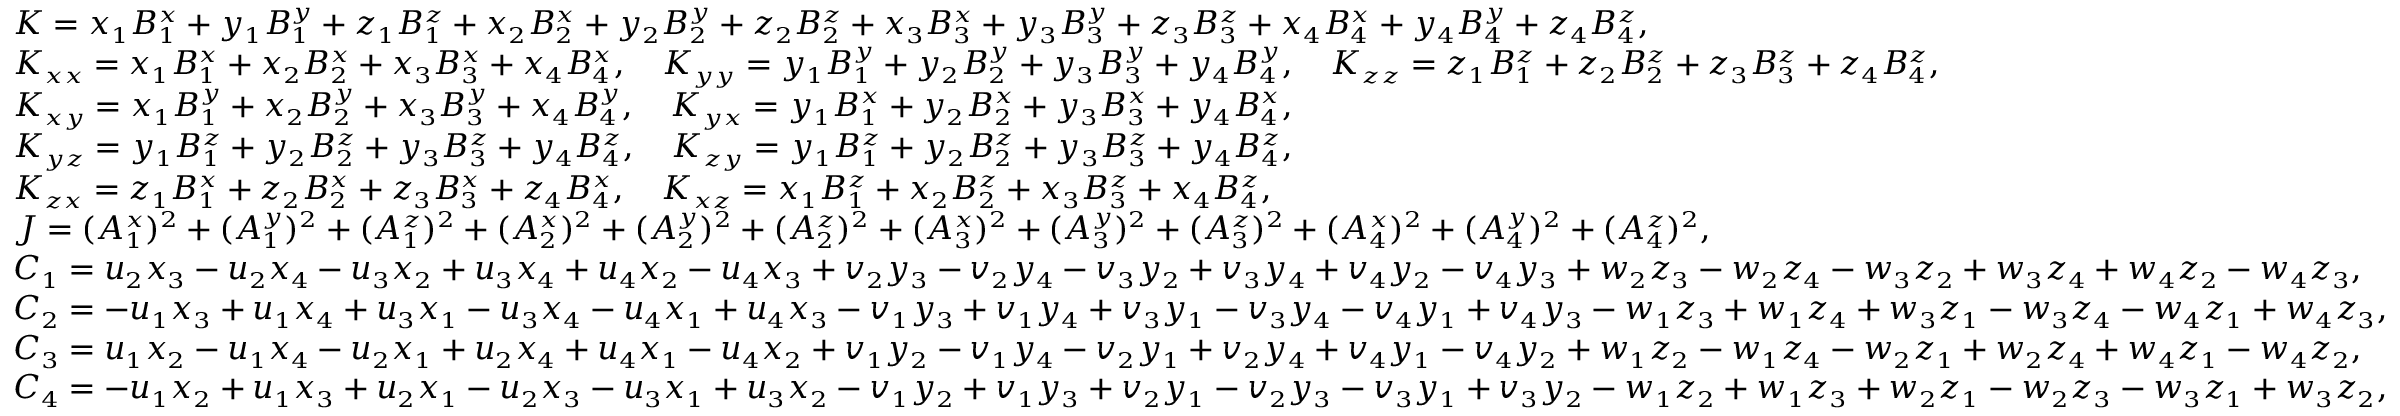
\small \begin{array} { r l } & { K = x _ { 1 } B _ { 1 } ^ { x } + y _ { 1 } B _ { 1 } ^ { y } + z _ { 1 } B _ { 1 } ^ { z } + x _ { 2 } B _ { 2 } ^ { x } + y _ { 2 } B _ { 2 } ^ { y } + z _ { 2 } B _ { 2 } ^ { z } + x _ { 3 } B _ { 3 } ^ { x } + y _ { 3 } B _ { 3 } ^ { y } + z _ { 3 } B _ { 3 } ^ { z } + x _ { 4 } B _ { 4 } ^ { x } + y _ { 4 } B _ { 4 } ^ { y } + z _ { 4 } B _ { 4 } ^ { z } , } \\ & { K _ { x x } = x _ { 1 } B _ { 1 } ^ { x } + x _ { 2 } B _ { 2 } ^ { x } + x _ { 3 } B _ { 3 } ^ { x } + x _ { 4 } B _ { 4 } ^ { x } , \quad K _ { y y } = y _ { 1 } B _ { 1 } ^ { y } + y _ { 2 } B _ { 2 } ^ { y } + y _ { 3 } B _ { 3 } ^ { y } + y _ { 4 } B _ { 4 } ^ { y } , \quad K _ { z z } = z _ { 1 } B _ { 1 } ^ { z } + z _ { 2 } B _ { 2 } ^ { z } + z _ { 3 } B _ { 3 } ^ { z } + z _ { 4 } B _ { 4 } ^ { z } , } \\ & { K _ { x y } = x _ { 1 } B _ { 1 } ^ { y } + x _ { 2 } B _ { 2 } ^ { y } + x _ { 3 } B _ { 3 } ^ { y } + x _ { 4 } B _ { 4 } ^ { y } , \quad K _ { y x } = y _ { 1 } B _ { 1 } ^ { x } + y _ { 2 } B _ { 2 } ^ { x } + y _ { 3 } B _ { 3 } ^ { x } + y _ { 4 } B _ { 4 } ^ { x } , } \\ & { K _ { y z } = y _ { 1 } B _ { 1 } ^ { z } + y _ { 2 } B _ { 2 } ^ { z } + y _ { 3 } B _ { 3 } ^ { z } + y _ { 4 } B _ { 4 } ^ { z } , \quad K _ { z y } = y _ { 1 } B _ { 1 } ^ { z } + y _ { 2 } B _ { 2 } ^ { z } + y _ { 3 } B _ { 3 } ^ { z } + y _ { 4 } B _ { 4 } ^ { z } , } \\ & { K _ { z x } = z _ { 1 } B _ { 1 } ^ { x } + z _ { 2 } B _ { 2 } ^ { x } + z _ { 3 } B _ { 3 } ^ { x } + z _ { 4 } B _ { 4 } ^ { x } , \quad K _ { x z } = x _ { 1 } B _ { 1 } ^ { z } + x _ { 2 } B _ { 2 } ^ { z } + x _ { 3 } B _ { 3 } ^ { z } + x _ { 4 } B _ { 4 } ^ { z } , } \\ & { J = ( A _ { 1 } ^ { x } ) ^ { 2 } + ( A _ { 1 } ^ { y } ) ^ { 2 } + ( A _ { 1 } ^ { z } ) ^ { 2 } + ( A _ { 2 } ^ { x } ) ^ { 2 } + ( A _ { 2 } ^ { y } ) ^ { 2 } + ( A _ { 2 } ^ { z } ) ^ { 2 } + ( A _ { 3 } ^ { x } ) ^ { 2 } + ( A _ { 3 } ^ { y } ) ^ { 2 } + ( A _ { 3 } ^ { z } ) ^ { 2 } + ( A _ { 4 } ^ { x } ) ^ { 2 } + ( A _ { 4 } ^ { y } ) ^ { 2 } + ( A _ { 4 } ^ { z } ) ^ { 2 } , } \\ & { C _ { 1 } = u _ { 2 } x _ { 3 } - u _ { 2 } x _ { 4 } - u _ { 3 } x _ { 2 } + u _ { 3 } x _ { 4 } + u _ { 4 } x _ { 2 } - u _ { 4 } x _ { 3 } + v _ { 2 } y _ { 3 } - v _ { 2 } y _ { 4 } - v _ { 3 } y _ { 2 } + v _ { 3 } y _ { 4 } + v _ { 4 } y _ { 2 } - v _ { 4 } y _ { 3 } + w _ { 2 } z _ { 3 } - w _ { 2 } z _ { 4 } - w _ { 3 } z _ { 2 } + w _ { 3 } z _ { 4 } + w _ { 4 } z _ { 2 } - w _ { 4 } z _ { 3 } , } \\ & { C _ { 2 } = - u _ { 1 } x _ { 3 } + u _ { 1 } x _ { 4 } + u _ { 3 } x _ { 1 } - u _ { 3 } x _ { 4 } - u _ { 4 } x _ { 1 } + u _ { 4 } x _ { 3 } - v _ { 1 } y _ { 3 } + v _ { 1 } y _ { 4 } + v _ { 3 } y _ { 1 } - v _ { 3 } y _ { 4 } - v _ { 4 } y _ { 1 } + v _ { 4 } y _ { 3 } - w _ { 1 } z _ { 3 } + w _ { 1 } z _ { 4 } + w _ { 3 } z _ { 1 } - w _ { 3 } z _ { 4 } - w _ { 4 } z _ { 1 } + w _ { 4 } z _ { 3 } , } \\ & { C _ { 3 } = u _ { 1 } x _ { 2 } - u _ { 1 } x _ { 4 } - u _ { 2 } x _ { 1 } + u _ { 2 } x _ { 4 } + u _ { 4 } x _ { 1 } - u _ { 4 } x _ { 2 } + v _ { 1 } y _ { 2 } - v _ { 1 } y _ { 4 } - v _ { 2 } y _ { 1 } + v _ { 2 } y _ { 4 } + v _ { 4 } y _ { 1 } - v _ { 4 } y _ { 2 } + w _ { 1 } z _ { 2 } - w _ { 1 } z _ { 4 } - w _ { 2 } z _ { 1 } + w _ { 2 } z _ { 4 } + w _ { 4 } z _ { 1 } - w _ { 4 } z _ { 2 } , } \\ & { C _ { 4 } = - u _ { 1 } x _ { 2 } + u _ { 1 } x _ { 3 } + u _ { 2 } x _ { 1 } - u _ { 2 } x _ { 3 } - u _ { 3 } x _ { 1 } + u _ { 3 } x _ { 2 } - v _ { 1 } y _ { 2 } + v _ { 1 } y _ { 3 } + v _ { 2 } y _ { 1 } - v _ { 2 } y _ { 3 } - v _ { 3 } y _ { 1 } + v _ { 3 } y _ { 2 } - w _ { 1 } z _ { 2 } + w _ { 1 } z _ { 3 } + w _ { 2 } z _ { 1 } - w _ { 2 } z _ { 3 } - w _ { 3 } z _ { 1 } + w _ { 3 } z _ { 2 } , } \end{array}